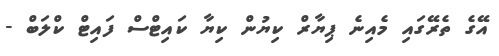
އޭގެ ތެރޭގައި މެއިނެ ޕިޔާރް ކިޔުން ކިޔާ ކައިޓްސް ފައިޓް ކްލަބް -